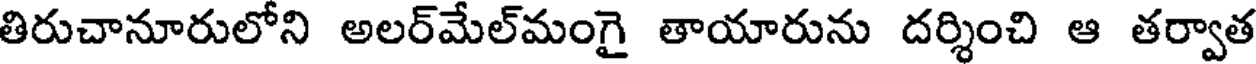
తిరుచానూరులోని అలర్మేల్మంగై తాయారును దర్శించి ఆ తర్వాత